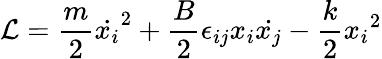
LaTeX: {\cal{L}}=\frac{m}{2}{\dot{x_{i}}}^{2}+\frac{B}{2}\epsilon_{ij}x_{i}\dot{x_{j}}-\frac{k}{2}{x_{i}}^{2}